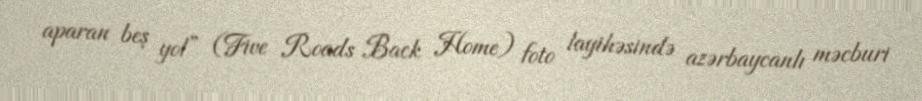
aparan beş yol” (Five Roads Back Home) foto layihəsində azərbaycanlı məcburi